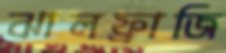
ঝালফ্রাজি